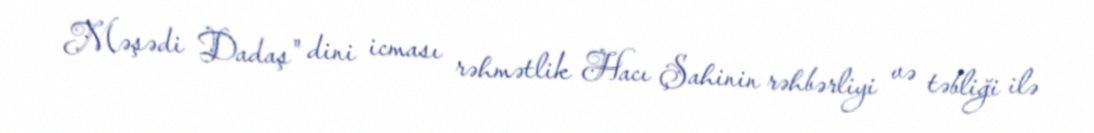
Məşədi Dadaş" dini icması rəhmətlik Hacı Şahinin rəhbərliyi və təbliği ilə